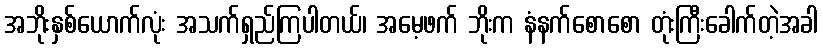
အဘိုးနှစ်ယောက်လုံး အသက်ရှည်ကြပါတယ်၊ အမေ့ဖက် ဘိုးက နံနက်စောစော တုံးကြီးခေါက်တဲ့အခါ